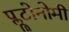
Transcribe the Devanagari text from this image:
प्लूटोनोमी